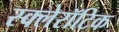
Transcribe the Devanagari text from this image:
स्क्लेरॉटिक